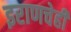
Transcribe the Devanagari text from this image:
इराणचेही